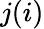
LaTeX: j(i)